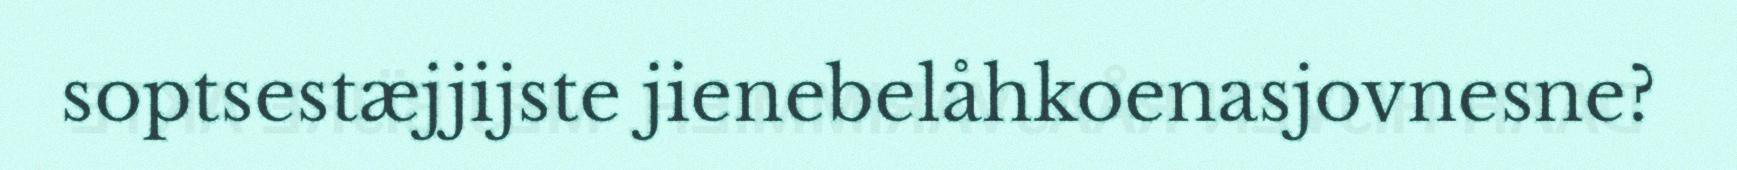
soptsestæjjijste jienebelåhkoenasjovnesne?